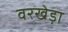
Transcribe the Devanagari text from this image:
वरखेड़ा